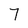
Character: 7